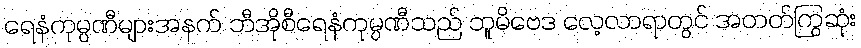
ရေနံကုမ္ပဏီများအနက် ဘီအိုစီရေနံကုမ္ပဏီသည် ဘူမိဗေဒ လေ့လာရာတွင် အတတ်ကြွဆုံး